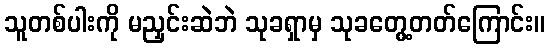
သူတစ်ပါးကို မညှင်းဆဲဘဲ သုခရှာမှ သုခတွေ့တတ်ကြောင်း။